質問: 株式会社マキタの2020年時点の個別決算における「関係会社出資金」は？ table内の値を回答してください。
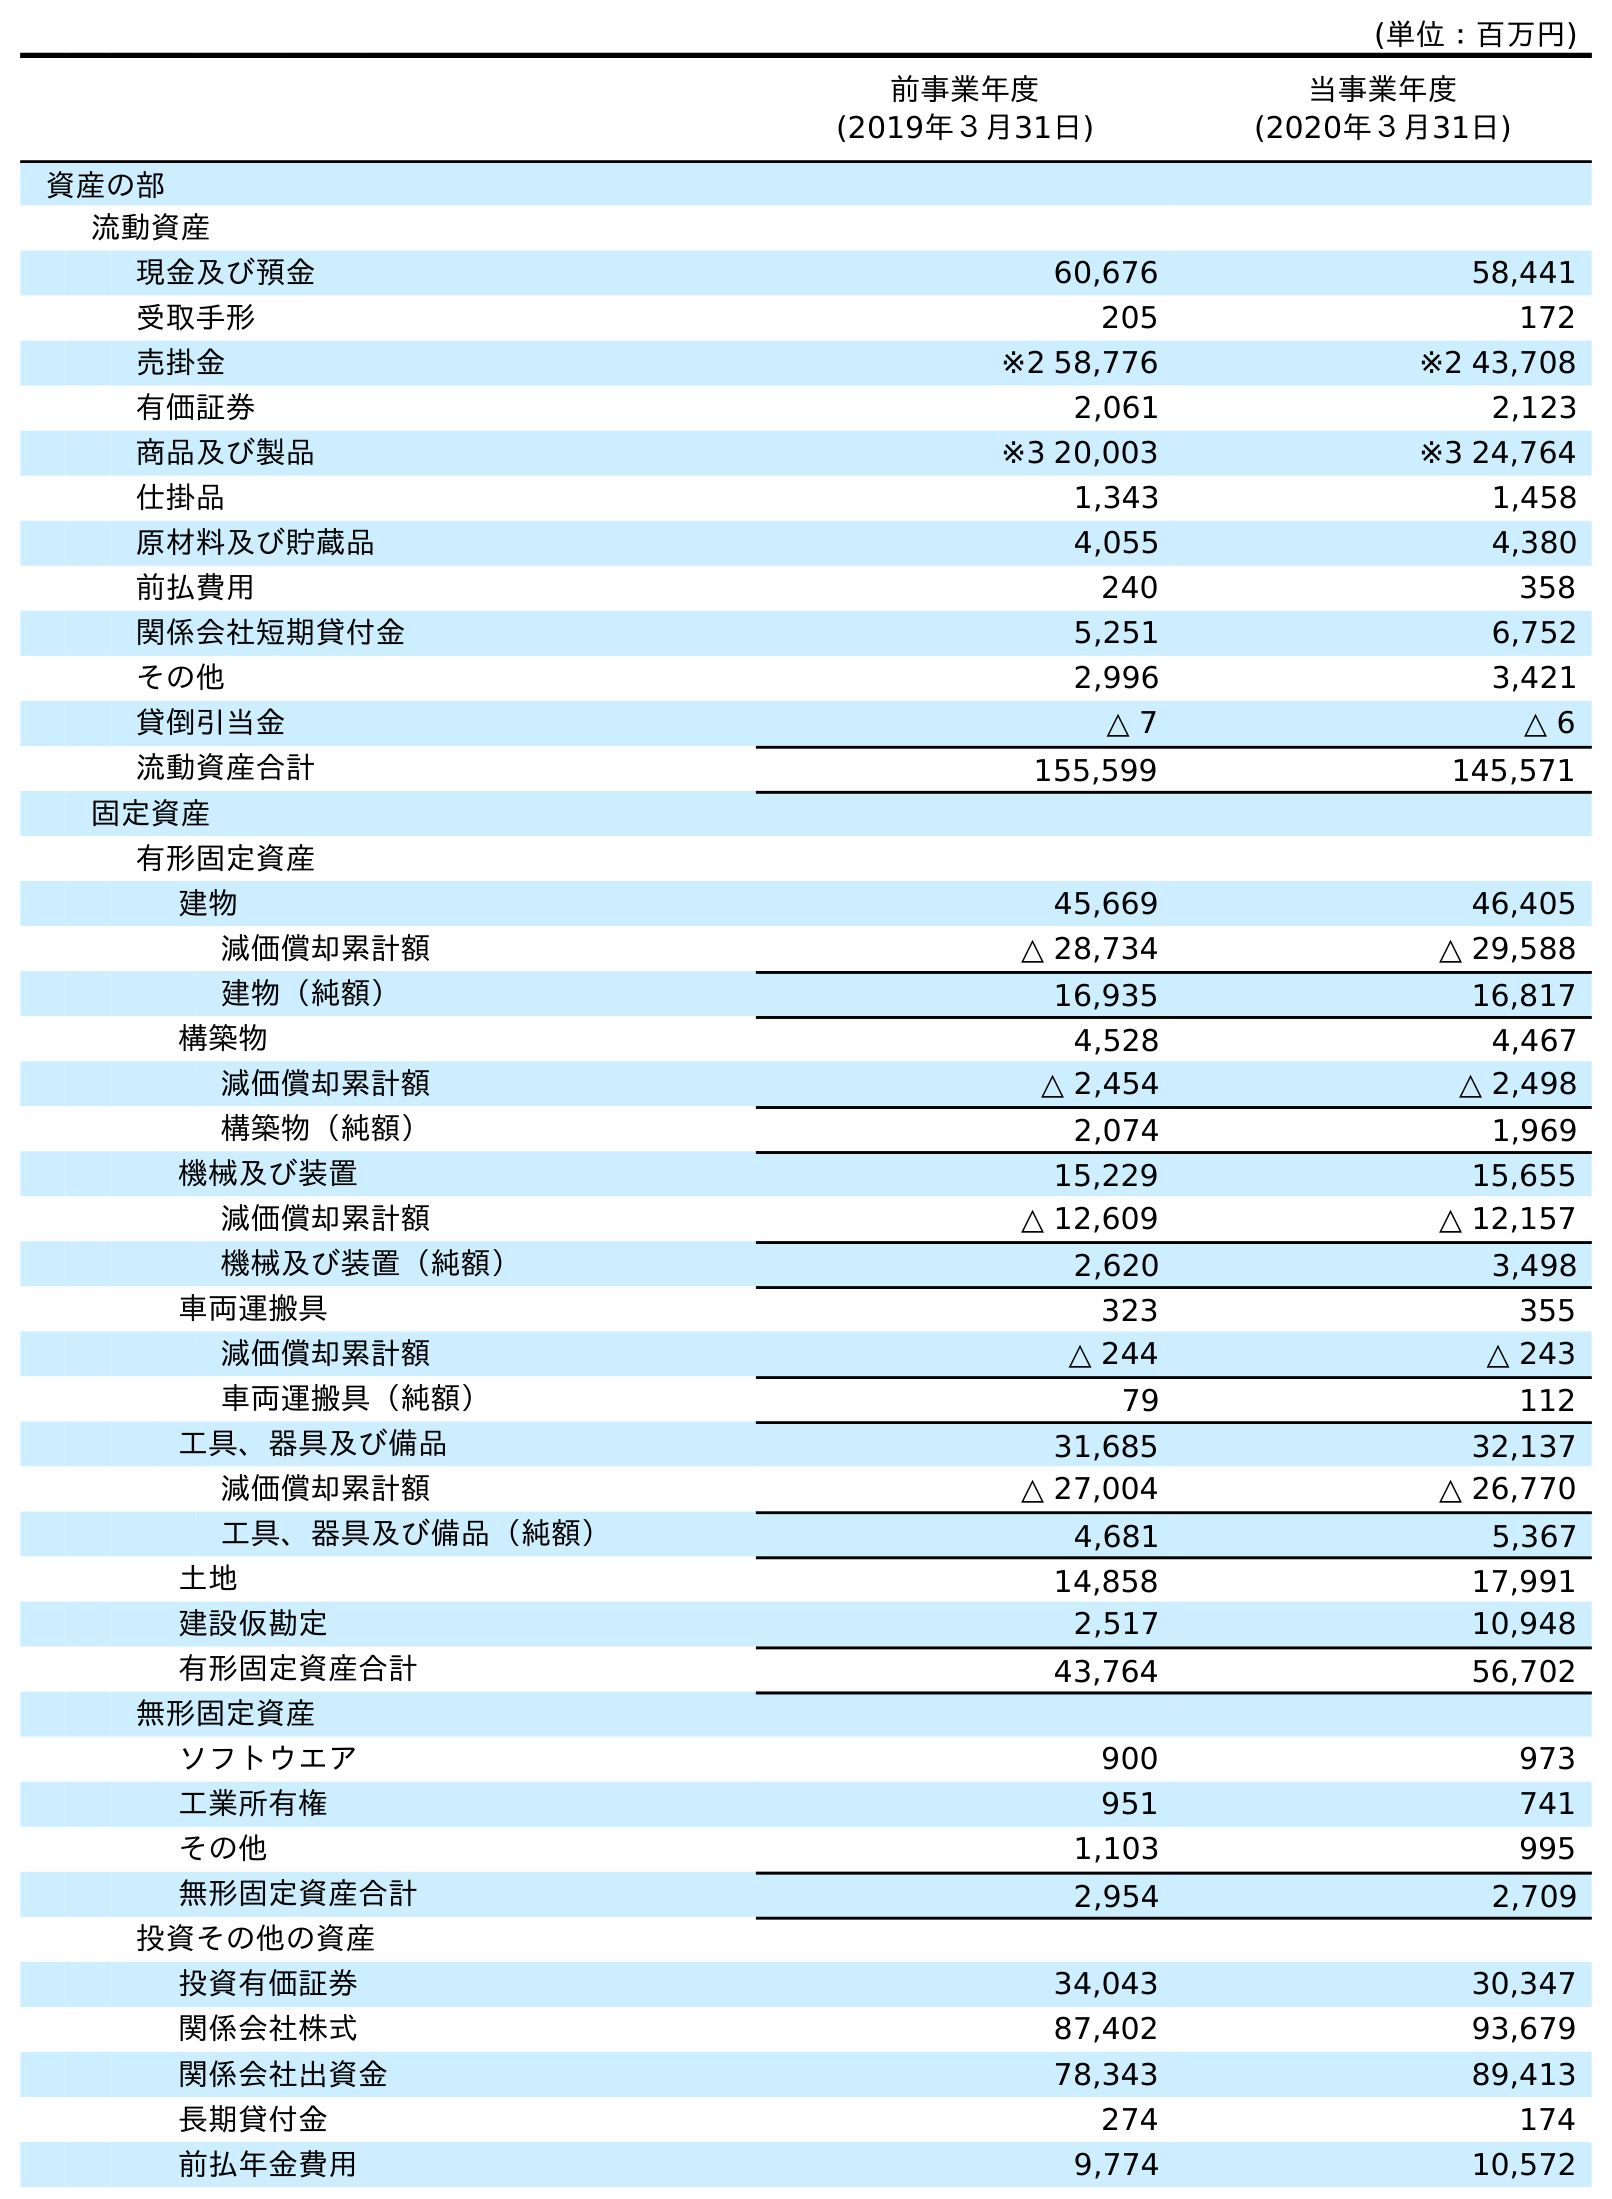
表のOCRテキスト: (単位：百万円) 前事業年度 (2019年３月31日) 当事業年度 (2020年３月31日) 資産の部 流動資産 現金及び預金 60,676 58,441 受取手形 205 172 売掛金 ※2 58,776 ※2 43,708 有価証券 2,061 2,123 商品及び製品 ※3 20,003 ※3 24,764 仕掛品 1,343 1,458 原材料及び貯蔵品 4,055 4,380 前払費用 240 358 関係会社短期貸付金 5,251 6,752 その他 2,996 3,421 貸倒引当金 △ 7 △ 6 流動資産合計 155,599 145,571 固定資産 有形固定資産 建物 45,669 46,405 減価償却累計額 △ 28,734 △ 29,588 建物（純額） 16,935 16,817 構築物 4,528 4,467 減価償却累計額 △ 2,454 △ 2,498 構築物（純額） 2,074 1,969 機械及び装置 15,229 15,655 減価償却累計額 △ 12,609 △ 12,157 機械及び装置（純額） 2,620 3,498 車両運搬具 323 355 減価償却累計額 △ 244 △ 243 車両運搬具（純額） 79 112 工具、器具及び備品 31,685 32,137 減価償却累計額 △ 27,004 △ 26,770 工具、器具及び備品（純額） 4,681 5,367 土地 14,858 17,991 建設仮勘定 2,517 10,948 有形固定資産合計 43,764 56,702 無形固定資産 ソフトウエア 900 973 工業所有権 951 741 その他 1,103 995 無形固定資産合計 2,954 2,709 投資その他の資産 投資有価証券 34,043 30,347 関係会社株式 87,402 93,679 関係会社出資金 78,343 89,413 長期貸付金 274 174 前払年金費用 9,774 10,572
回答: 89,413